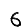
Digit: 6